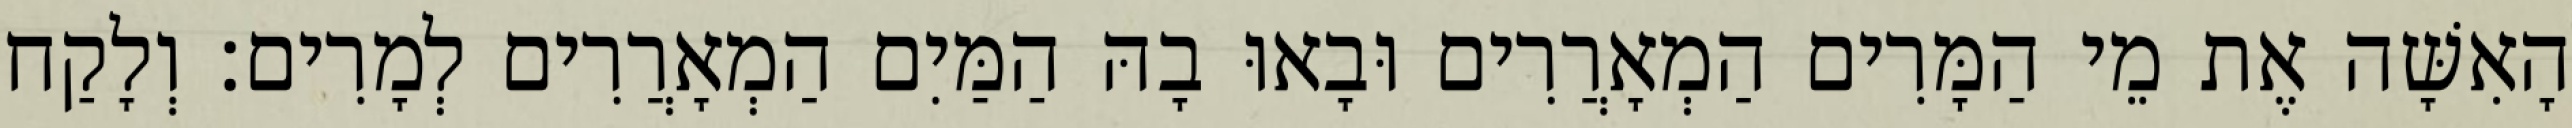
הָאִשָּׁה אֶת מֵי הַמָּרִים הַמְאָרֲרִים וּבָאוּ בָהּ הַמַּיִם הַמְאָרֲרִים לְמָרִים׃ וְלָקַח